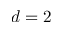
d = 2